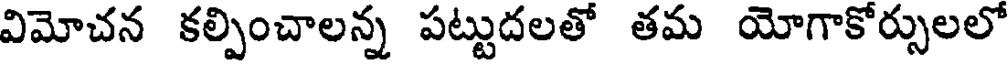
విమోచన కల్పించాలన్న పట్టుదలతో తమ యోగాకోర్పులలో